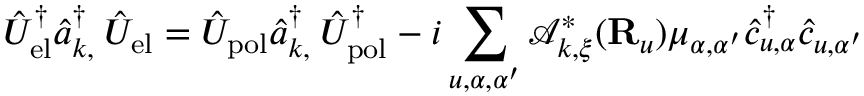
\hat { U } _ { \mathrm { e l } } ^ { \dagger } \hat { a } _ { { \boldsymbol k } , { \bf \xi } } ^ { \dagger } \hat { U } _ { \mathrm { e l } } = \hat { U } _ { \mathrm { p o l } } \hat { a } _ { { \boldsymbol k } , { \bf \xi } } ^ { \dagger } \hat { U } _ { \mathrm { p o l } } ^ { \dagger } - i \sum _ { u , \alpha , \alpha ^ { \prime } } \mathcal { A } _ { { \boldsymbol k } , { \boldsymbol \xi } } ^ { * } ( { \bf R } _ { u } ) { \boldsymbol \mu } _ { \alpha , \alpha ^ { \prime } } \hat { c } _ { u , \alpha } ^ { \dagger } \hat { c } _ { u , \alpha ^ { \prime } }